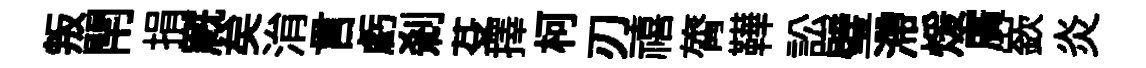
叛閈捐廐矣㳙言虧剎芟擇柯刃禧膂鞾訟璧滯煖廣嶔炎